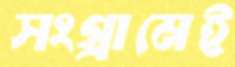
সংগ্রামেই